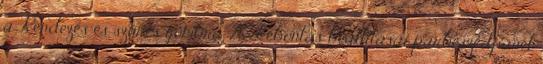
a Rendezés és szűrés gombra. A Lebontás beállításai párbeszédpanel